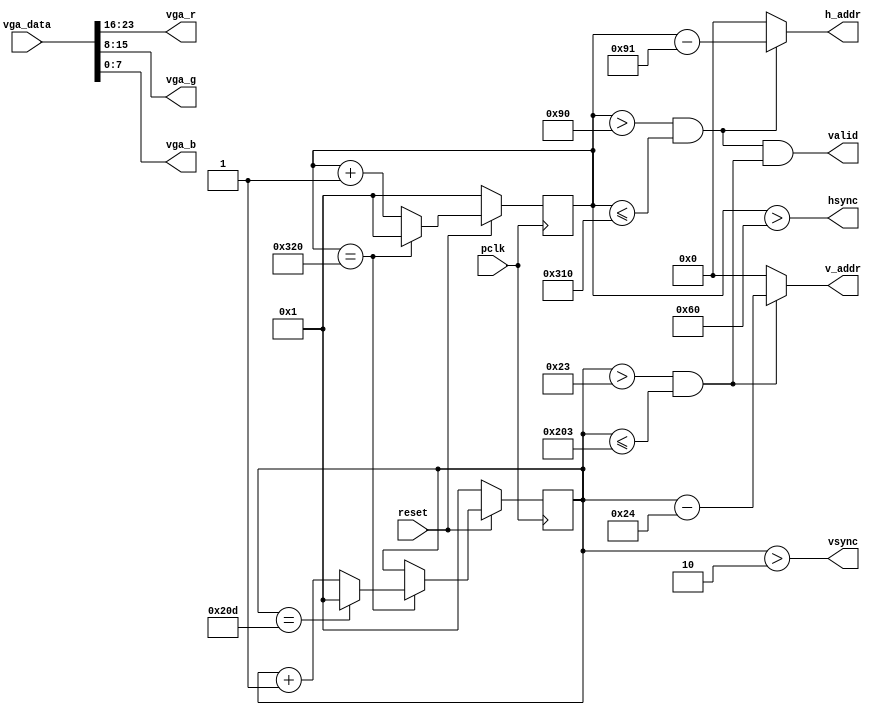
/*
 * @Author: Kai Zhou && zhouk9864@gmail.com
 * @Date: 2022-09-27 10:46:32
 * @LastEditors: Kai Zhou && zhouk9864@gmail.com
 * @LastEditTime: 2022-09-27 15:38:59
 * @FilePath: /Anfield/Vga/vga_ctrl.v
 * @Description: NJUSocStdio
 * 
 * Copyright (c) 2022 by Kai Zhou zhouk9864@gmail.com, All Rights Reserved. 
 */

module vga_ctrl (
    input pclk,
    input reset,
    input [23:0] vga_data,
    output [9:0] h_addr,
    output [9:0] v_addr,
    output hsync,
    output vsync,
    output valid,
    output [7:0] vga_r,
    output [7:0] vga_g,
    output [7:0] vga_b
);

parameter h_frontporch = 96;
parameter h_active = 144;
parameter h_backporch = 784;
parameter h_total = 800;

parameter v_frontporch = 2;
parameter v_active = 35;
parameter v_backporch = 515;
parameter v_total = 525;

reg [9:0] x_cnt;
reg [9:0] y_cnt;
wire h_valid;
wire v_valid;

always @(posedge pclk) begin
    if(!reset) begin
        x_cnt <= 1;
        y_cnt <= 1;
    end
    else begin
        if(x_cnt == h_total)begin
            x_cnt <= 1;
            if(y_cnt == v_total) y_cnt <= 1;
            else y_cnt <= y_cnt + 1;
        end
        else x_cnt <= x_cnt + 1;
    end
end

//    
assign hsync = (x_cnt > h_frontporch);
assign vsync = (y_cnt > v_frontporch);
//
assign h_valid = (x_cnt > h_active) & (x_cnt <= h_backporch);
assign v_valid = (y_cnt > v_active) & (y_cnt <= v_backporch);
assign valid = h_valid & v_valid;
//
assign h_addr = h_valid ? (x_cnt - 10'd145) : 10'd0;
assign v_addr = v_valid ? (y_cnt - 10'd36) : 10'd0;
//
assign {vga_r, vga_g, vga_b} = vga_data;

endmodule